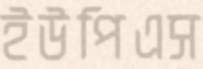
ইউপিএস